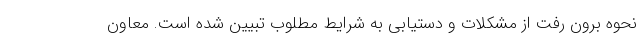
نحوه برون رفت از مشکلات و دستیابی به شرایط مطلوب تبیین شده است. معاون